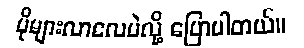
ပိုများလာလေပဲလို့ ပြောပါတယ်။